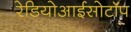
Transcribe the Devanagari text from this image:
रेडियोआईसोटॉप